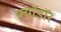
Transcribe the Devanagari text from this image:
फ्यॉडॉर